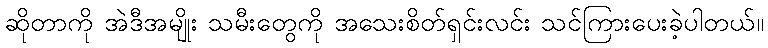
ဆိုတာကို အဲဒီအမျိုး သမီးတွေကို အသေးစိတ်ရှင်းလင်း သင်ကြားပေးခဲ့ပါတယ်။